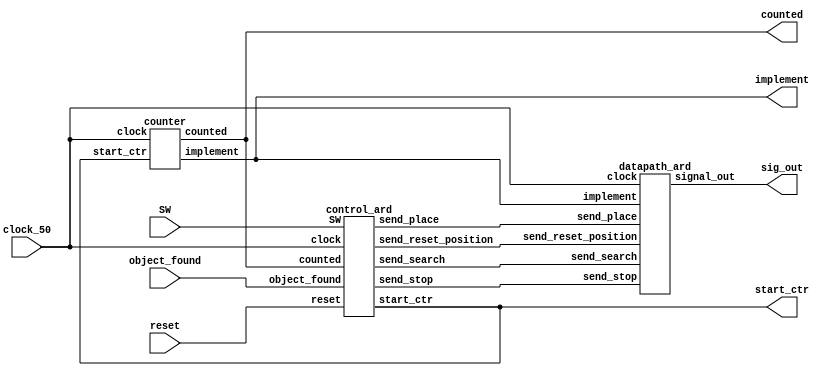
`timescale 1ns / 1ns // `timescale time_unit/time_precision

module GPIO_Arduino (input  		reset,
											object_found,
											clock_50,
											SW,
							output [4:0]sig_out,
							/// FOR TESTING
							output 		counted,
											implement, 
											start_ctr
											);
							 


control_ard C0 (.reset(reset),
					 .object_found(object_found),
					 .counted(counted),
					 .clock(clock_50),
					 .send_search(send_search),
					 .send_place(send_place),
					 .send_stop(send_stop),
					 .send_reset_position(send_reset_position),
					 .start_ctr(start_ctr),
					 .SW(SW)
					 );

			 
datapath_ard D0 (.send_search(send_search),
					.send_place(send_place),
					.send_stop(send_stop),
					.send_reset_position(send_reset_position),
					.implement(implement),
					.clock(clock_50),
					.signal_out(sig_out));
								
counter CTR1 (.clock(clock_50), 
				 .start_ctr(start_ctr), 
				 .counted(counted), 
				 .implement(implement));

endmodule 


module control_ard	(input		reset,
											object_found,
											counted,
											clock,
											SW,
							output reg 	send_search, 
											send_place, 
											send_stop, 
											send_reset_position, 
											start_ctr
											);

				reg [3:0] current_state, next_state;
				
				// state_FF assignments
				localparam  START_ROUTINE	= 4'd0,
								SET_RESET  		= 4'd1,
								RESET				= 4'd2,
								SET_SEARCH		= 4'd3,
								SEARCH			= 4'd4,
								SEARCH_META 	= 4'd5,
								SET_PLACE		= 4'd6,
								PLACE				= 4'd7,
								SET_STOP			= 4'd8,
								STOP  			= 4'd9;
								
				// state table
				always @(*)
				begin
				//
					case (current_state)
						// 
						START_ROUTINE:		 	begin
														next_state = SET_RESET;
													end
										  
						SET_RESET:  			begin
														if ((!counted) & (!reset)) 
															next_state = SET_RESET;
														else if (reset)
															next_state = START_ROUTINE;
														else 
															next_state = RESET;
													end
						
						RESET: 					begin
														next_state = (SW == 0) ? RESET : SET_SEARCH;
													end
														
						SET_SEARCH:				begin
														if ((!counted) & (!reset)) 
															next_state = SET_SEARCH;
														else if (reset)
															next_state = START_ROUTINE;
														else 
															next_state = SEARCH;
													end
												  
						SEARCH: 				  	begin
														if ((!object_found) & (!reset)) 
															next_state = SEARCH;
														else if (reset)
															next_state = START_ROUTINE;
														else
															next_state = SEARCH_META;
													end
													
						SEARCH_META:			begin
														next_state = SET_PLACE;
													end
												 
						SET_PLACE:				begin
														if ((!counted) & (!reset))
															next_state = SET_PLACE;
														else if (reset)
															next_state = START_ROUTINE;
														else 
															next_state = PLACE;
													end
												  
						PLACE:  		  			begin
														next_state = SET_STOP;
													end
												  
						SET_STOP:				begin
														if ((!counted) & (!reset)) 
															next_state = STOP;
														else if (reset) 
															next_state = START_ROUTINE;
														else  
															next_state = STOP;
													end
												  
						STOP:						begin
														if (reset)
															next_state = START_ROUTINE;
														else
															next_state = STOP;
													end
													
						default: 				next_state = START_ROUTINE;
						//
					endcase
				end
				
				// output logic
				always @(*)
				begin
					
					send_search				= 1'b0;
					send_place				= 1'b0;
					send_stop				= 1'b0;
					send_reset_position	= 1'b0;
					start_ctr 				= 1'b0;

					
					case (current_state)
						// 
						START_ROUTINE:		begin
													send_reset_position = 1;
													start_ctr = 1;
												end
										  
						SET_RESET:  		begin
													send_reset_position = 1;
												end
						
						RESET: 				begin													
													send_search = 1;
													start_ctr = 1;
												end
												
						SET_SEARCH:			begin
													send_search = 1;
												end
												  
						SEARCH:				begin
													send_search = 1;
													
												end
												
						SEARCH_META: 		begin
													send_place = 1;
													start_ctr = 1;
												end
												 
						SET_PLACE:			begin
													send_place = 1;
													
												end
												  
						PLACE:  		  		begin
													send_stop = 1;
													start_ctr = 1;
													
												end
												  
						SET_STOP:			begin
													send_stop = 1;
													
												end
												  
					   STOP:			  		begin
													send_reset_position = 1;
												end
						// no defaults
					endcase

				end // output logic

				// current_state registers
				always @(posedge clock)
				begin
					if(reset)
						current_state <= START_ROUTINE;
					else
						current_state <= next_state;
				end // state_FFs transition

endmodule // control

/* datapath module */
module datapath_ard (input 				send_search,
													send_place,
													send_stop,
													send_reset_position,
													implement,
													clock,
							output reg [4:0] 	signal_out);

				// 
				localparam	SEARCH			= 4'b1000,
								PLACE				= 4'b0100,
								RESET_POSITION	= 4'b0010,
								STOP				= 4'b0001;
				
				// 
				always @(posedge clock)
				begin
					if(send_reset_position) 
					begin
						signal_out [4:1] <= RESET_POSITION;
				   end
					
					else if (send_search) 
					begin
						signal_out [4:1] <= SEARCH;
				   end
					
					else if (send_place) 
					begin
						signal_out [4:1] <= PLACE;
				   end
					
					else if(send_stop) 
					begin
						signal_out [4:1] <= STOP;
				   end
					
					signal_out[0] <= implement;
				end

endmodule // datapath


/**/
module counter (input clock, start_ctr, output reg counted, implement);
				
				reg [26:0] cycleCount;
				
				always @(posedge clock) // triggered on edges of clock
				begin
				
					if (start_ctr == 1'b1) // synchronous active-high
					begin
						cycleCount <= 27'd50000000;
						counted <= 1'b0;
						implement <= 1'b0;
					end
					else if (cycleCount > 27'd25000000)
					begin
						cycleCount <= cycleCount - 1'b1; // decrement state
						counted <= 1'b0;
						implement <= 1'b0;
					end
					else if (cycleCount == 0)
					begin
						counted <= 1'b1;
						implement <= 1'b1;
					end
					
					if ((cycleCount <= 27'd25000000) & (cycleCount > 27'd0))
					begin
						implement <= 1'b1;
						cycleCount <= cycleCount - 1'b1; // decrement state
						counted <= 1'b0;
					end
				end
endmodule // counter